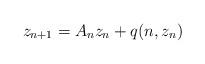
LaTeX: \begin{align*}z_{n+1}=A_{n}z_{n}+q(n,z_{n})\end{align*}